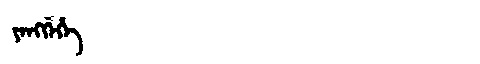
Manchu: ᠶᡝᠩᡤᡝᡥᡝ
Romanization: YENGGEHE